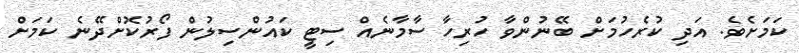
ކަމަށެވެ. އަދި ކުރެހުމަށް ބޭނުންވާ ހުރިހާ ސާމާނެއް ސިޓީ ކައުންސިލުން ފޯރުކޮށްދޭނެ ކަމަށް